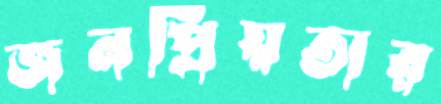
জনপ্রিয়তার